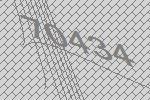
70434